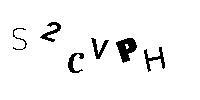
S2CVPH